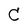
Character: C